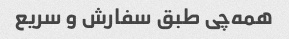
همه‌چی طبق سفارش و سریع